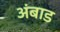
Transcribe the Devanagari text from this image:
अंबाड